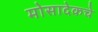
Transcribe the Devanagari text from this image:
मोसादेकचे